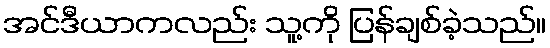
အင်ဒီယာကလည်း သူ့ကို ပြန်ချစ်ခဲ့သည်။